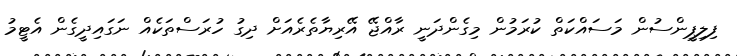
ފިލިޕީންސުން މަސައްކަތް ކުރަމުން މިގެންދަނީ ރާއްޖޭ އޭރިޔާތެރެއަށް ދިގު ހުރަސްތަކެއް ނަގައިދީގެން އެޓީމު